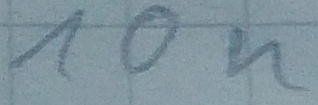
Text: 10n